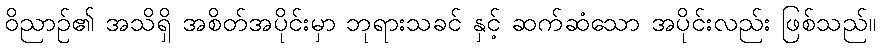
ဝိညာဉ်၏ အသိရှိ အစိတ်အပိုင်းမှာ ဘုရားသခင် နှင့် ဆက်ဆံသော အပိုင်းလည်း ဖြစ်သည်။